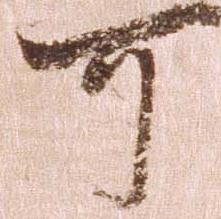
可